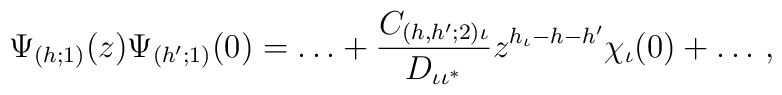
\Psi_{(h;1)}(z)\Psi_{(h';1)}(0) = \ldots + \frac{C_{(h,h';2)\iota}}{      D_{\iota\iota^*}}z^{h_{\iota}-h-h'}\chi_{\iota}(0) + \ldots\,,